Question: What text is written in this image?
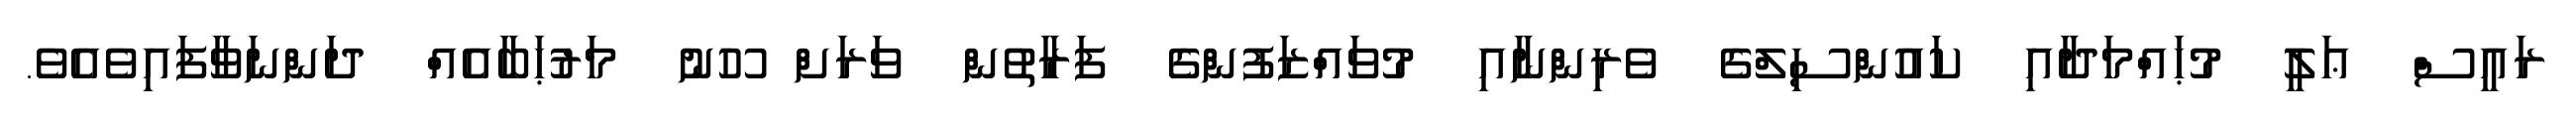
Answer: ރައީސް ޢަލީ މުޙައްމަދާއި ކައުންސިލްގެ ވެރިންނާއި މުވައްޒަފުންގެ ފަރާތުން ވަރަށް ހޫނު މަރުޙަބާއެއް ދަންނަވާފައިވެއެވެ.